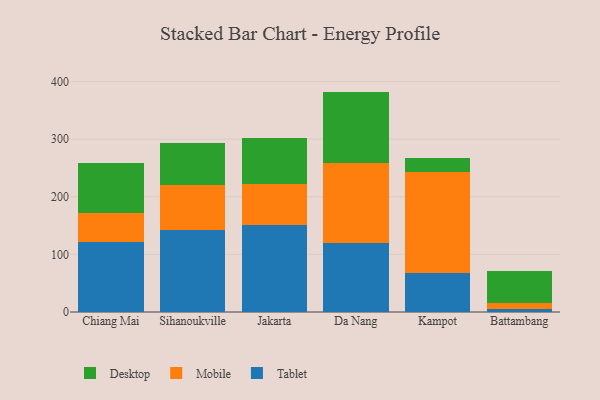
{"axis": {"x": "City", "y": "Population (Million)"}, "legend": ["Desktop", "Mobile", "Tablet"], "data": [{"x": "Chiang Mai", "y": 121.6, "type": "Tablet"}, {"x": "Chiang Mai", "y": 50.2, "type": "Mobile"}, {"x": "Chiang Mai", "y": 87.3, "type": "Desktop"}, {"x": "Sihanoukville", "y": 141.7, "type": "Tablet"}, {"x": "Sihanoukville", "y": 78.1, "type": "Mobile"}, {"x": "Sihanoukville", "y": 73.6, "type": "Desktop"}, {"x": "Jakarta", "y": 150.2, "type": "Tablet"}, {"x": "Jakarta", "y": 72.8, "type": "Mobile"}, {"x": "Jakarta", "y": 79.5, "type": "Desktop"}, {"x": "Da Nang", "y": 119.6, "type": "Tablet"}, {"x": "Da Nang", "y": 138.7, "type": "Mobile"}, {"x": "Da Nang", "y": 124.2, "type": "Desktop"}, {"x": "Kampot", "y": 68.5, "type": "Tablet"}, {"x": "Kampot", "y": 174.2, "type": "Mobile"}, {"x": "Kampot", "y": 24.8, "type": "Desktop"}, {"x": "Battambang", "y": 5.1, "type": "Tablet"}, {"x": "Battambang", "y": 10.6, "type": "Mobile"}, {"x": "Battambang", "y": 54.6, "type": "Desktop"}]}